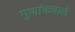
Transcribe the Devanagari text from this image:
गुणांकवाले